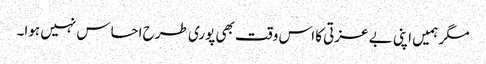
مگر ہمیں اپنی بے عزتی کا اس وقت بھی پوری طرح احساس نہیں ہوا۔